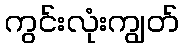
ကွင်းလုံးကျွတ်